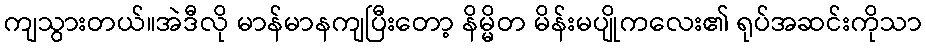
ကျသွားတယ်။အဲဒီလို မာန်မာနကျပြီးတော့ နိမ္မိတ မိန်းမပျိုကလေး၏ ရုပ်အဆင်းကိုသာ